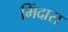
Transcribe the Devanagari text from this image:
मिंदारा